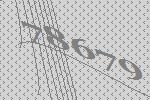
78679